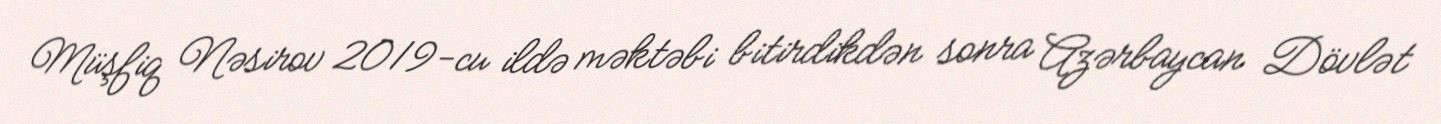
Müşfiq Nəsirov 2019-cu ildə məktəbi bitirdikdən sonra Azərbaycan Dövlət